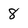
Character: 8